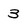
Character: 3